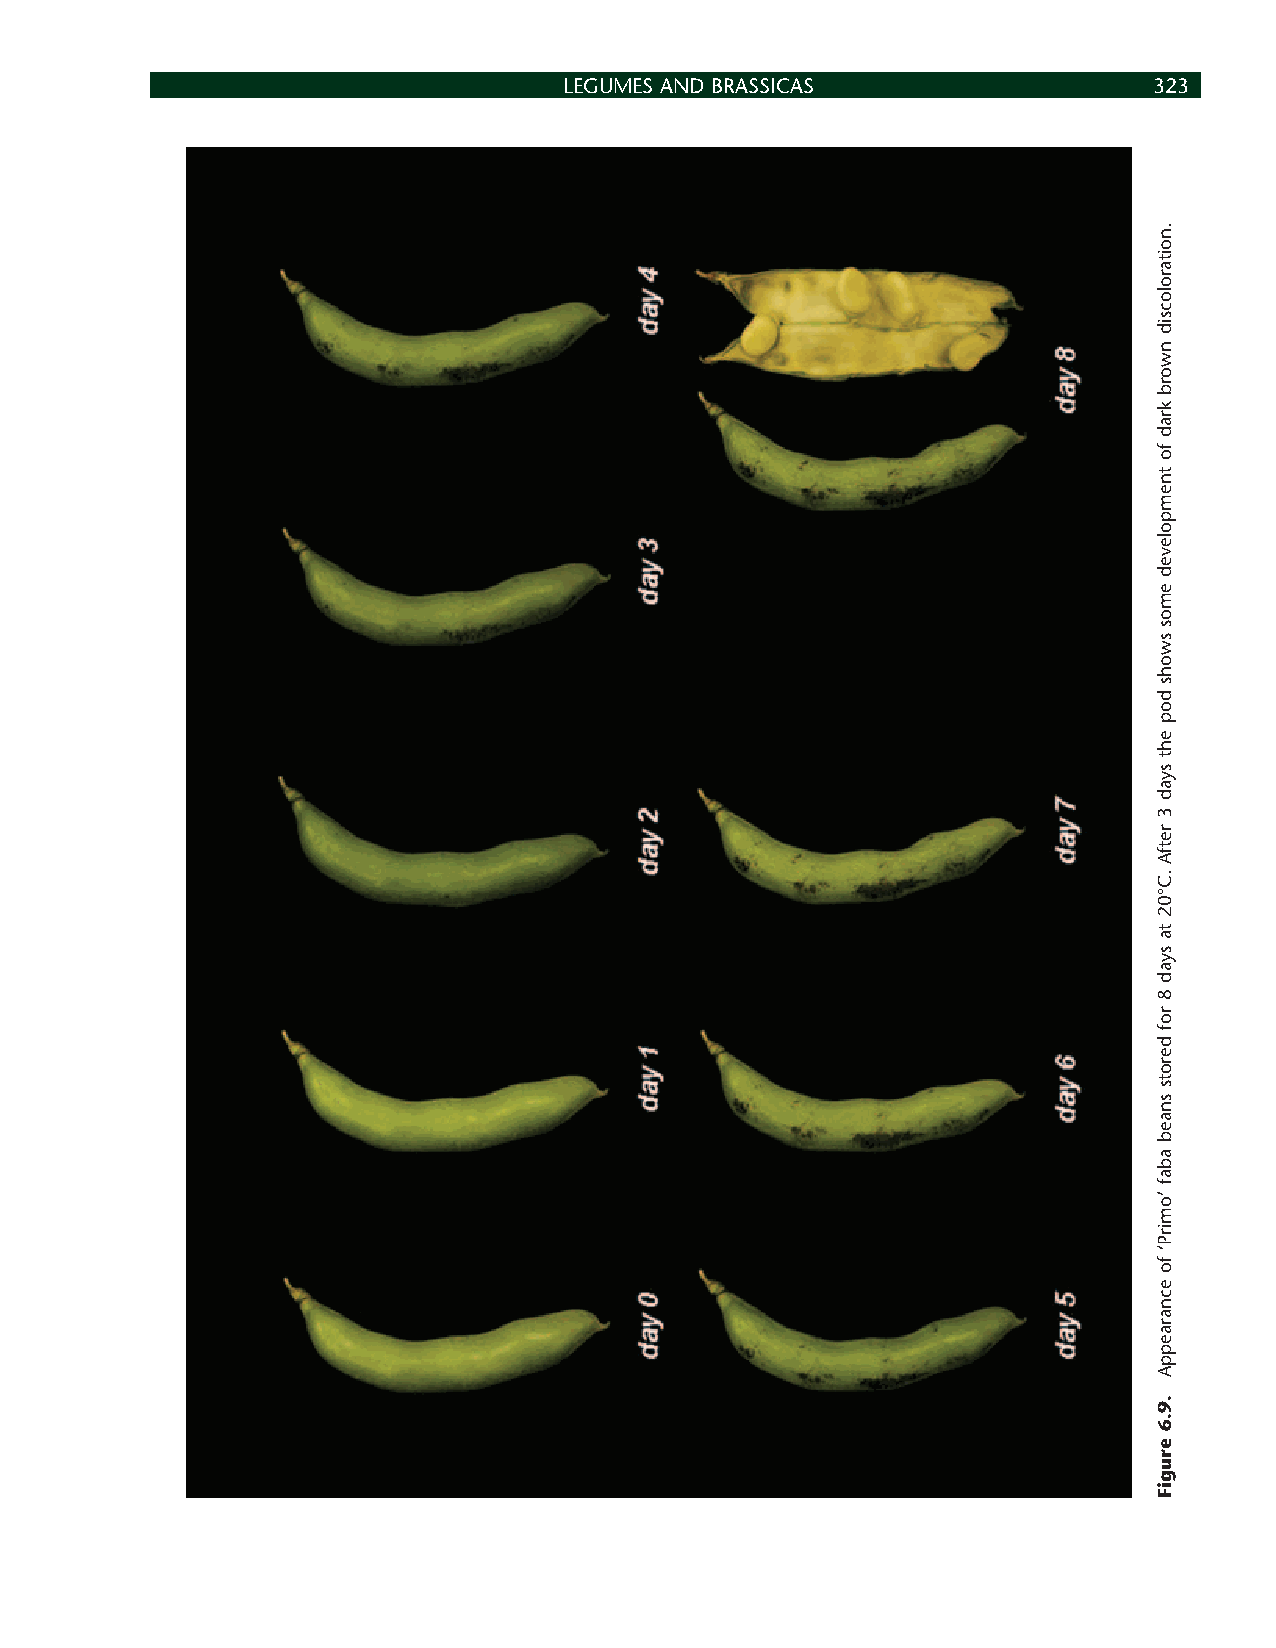
LEGUMES AND BRASSICAS                  323
 .noitarolocsid
 nworb
 krad
 fo
 tnempoleved
 emos
 swohs
 dop
 eht
 syad
 3
 retfA
 .C°02
 ta
 syad
 8
 rof
 derots
 snaeb
 abaf
 ’omirP‘
 fo
 ecnaraeppA
 .9.6
 erugiF